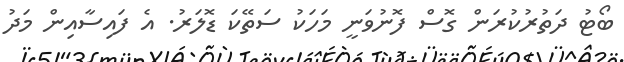
ބޯޓު ދަތުރުކުރަން ގޮސް ފޮނުވަނީ މަހަކު ސަތޭކަ ޑޮލަރު. އެ ފައިސާއިން މަދު